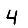
Digit: 4